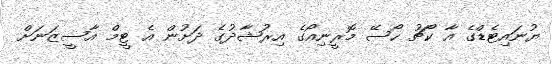
ޔުނައިޓެޑްގެ އާ ކޯޗު ހޯސޭ މޮރީނިއޯގެ އިރުޝާދުގެ ދަށުން އެ ޓީމް އާސީޒަނަށް